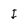
Character: I